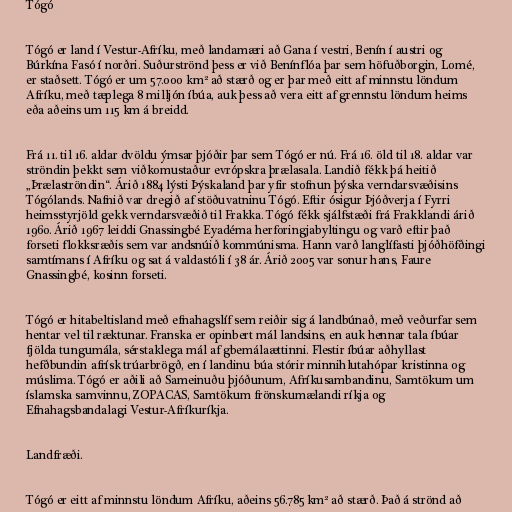
Tógó

Tógó er land í Vestur-Afríku, með landamæri að Gana í vestri, Benín í austri og
Búrkína Fasó í norðri. Suðurströnd þess er við Benínflóa þar sem höfuðborgin, Lomé,
er staðsett. Tógó er um 57.000 km² að stærð og er þar með eitt af minnstu löndum
Afríku, með tæplega 8 milljón íbúa, auk þess að vera eitt af grennstu löndum heims
eða aðeins um 115 km á breidd.

Frá 11. til 16. aldar dvöldu ýmsar þjóðir þar sem Tógó er nú. Frá 16. öld til 18. aldar var
ströndin þekkt sem viðkomustaður evrópskra þrælasala. Landið fékk þá heitið
„Þrælaströndin“. Árið 1884 lýsti Þýskaland þar yfir stofnun þýska verndarsvæðisins
Tógólands. Nafnið var dregið af stöðuvatninu Tógó. Eftir ósigur Þjóðverja í Fyrri
heimsstyrjöld gekk verndarsvæðið til Frakka. Tógó fékk sjálfstæði frá Frakklandi árið
1960. Árið 1967 leiddi Gnassingbé Eyadéma herforingjabyltingu og varð eftir það
forseti flokksræðis sem var andsnúið kommúnisma. Hann varð langlífasti þjóðhöfðingi
samtímans í Afríku og sat á valdastóli í 38 ár. Árið 2005 var sonur hans, Faure
Gnassingbé, kosinn forseti.

Tógó er hitabeltisland með efnahagslíf sem reiðir sig á landbúnað, með veðurfar sem
hentar vel til ræktunar. Franska er opinbert mál landsins, en auk hennar tala íbúar
fjölda tungumála, sérstaklega mál af gbemálaættinni. Flestir íbúar aðhyllast
hefðbundin afrísk trúarbrögð, en í landinu búa stórir minnihlutahópar kristinna og
múslima. Tógó er aðili að Sameinuðu þjóðunum, Afríkusambandinu, Samtökum um
íslamska samvinnu, ZOPACAS, Samtökum frönskumælandi ríkja og
Efnahagsbandalagi Vestur-Afríkuríkja.

Landfræði.

Tógó er eitt af minnstu löndum Afríku, aðeins 56.785 km² að stærð. Það á strönd að